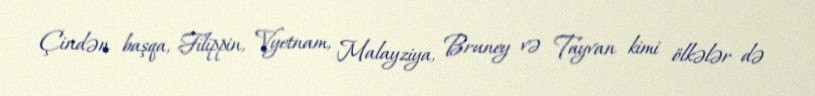
Çindən başqa, Filippin, Vyetnam, Malayziya, Bruney və Tayvan kimi ölkələr də